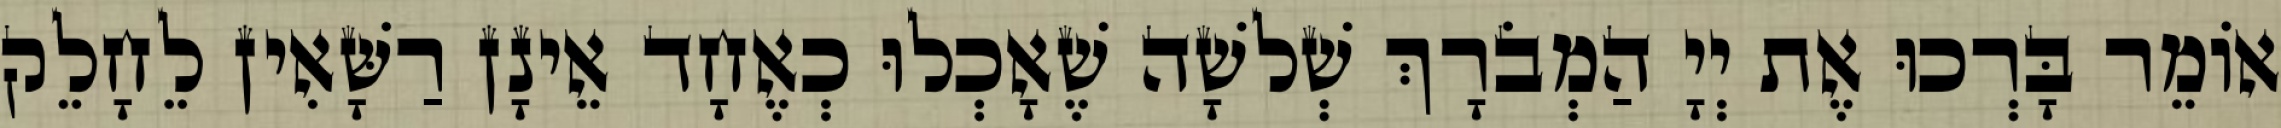
אוֹמֵר בָּרְכוּ אֶת יְיָ הַמְבֹרָךְ שְׁלשָׁה שֶׁאָכְלוּ כְאֶחָד אֵינָן רַשָּׁאִין לֵחָלֵק